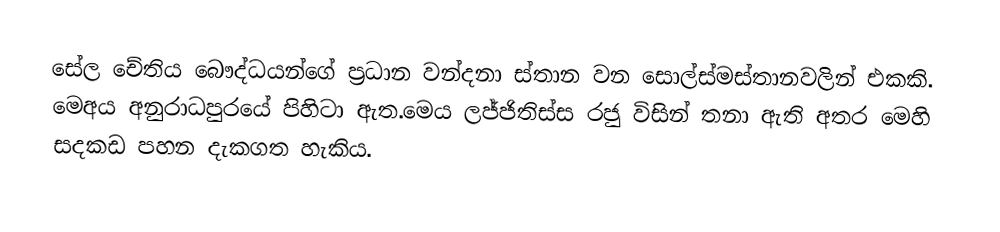
සේල චේතිය බෞද්ධයන්ගේ ප්‍රධාන වන්දනා ස්තාන වන සොල්ස්මස්තානවලින් එකකි. මෙඅය අනුරාධපුරයේ පිහිටා ඇත.මෙය ලජ්ජිතිස්ස රජු විසින් තනා ඇති අතර මෙහි සදකඩ පහන දැකගත හැකිය.